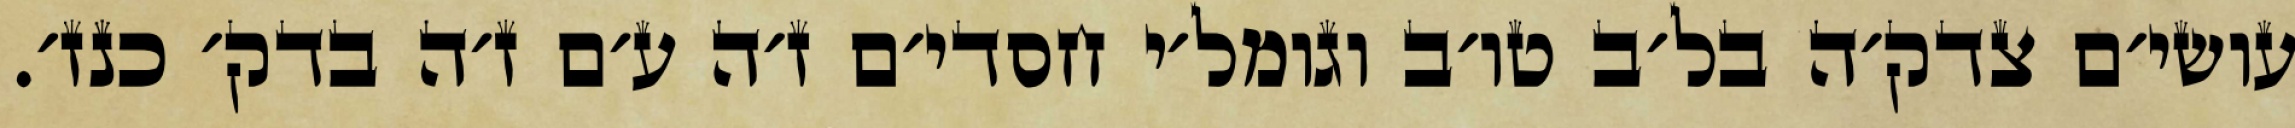
עושי׳ם צדק׳ה בל׳ב טו׳ב וגומל׳י חסדי׳ם ז׳ה ע׳ם ז׳ה בדק׳ כנז׳.